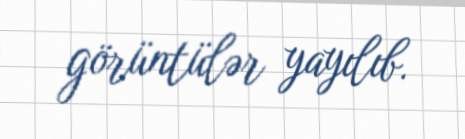
görüntülər yayılıb.